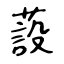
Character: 蔎